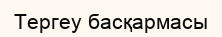
Тергеу басқармасы